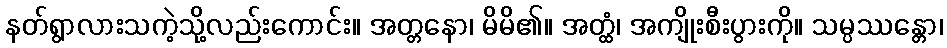
နတ်ရွာလားသကဲ့သို့လည်းကောင်း။ အတ္တနော၊ မိမိ၏။ အတ္ထံ၊ အကျိုးစီးပွားကို။ သမ္ပဿန္တော၊